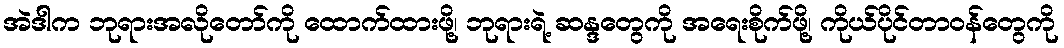
အဲဒါက ဘုရားအလိုတော်ကို ထောက်ထားဖို့၊ ဘုရားရဲ့ ဆန္ဒတွေကို အရေးစိုက်ဖို့၊ ကိုယ်ပိုင်တာဝန်တွေကို